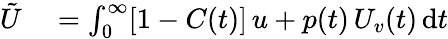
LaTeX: \begin{array}{rl}{\tilde{U}}&{{}=\int_{0}^{\infty}[1-C(t)]\, u+p(t)\, U_{v}(t)\, \mathrm{d}t}\end{array}